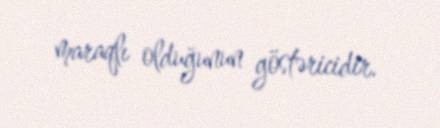
maraqlı olduğunun göstəricidir.